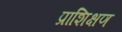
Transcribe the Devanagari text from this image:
प्राशिक्षण